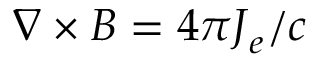
\nabla \times \boldsymbol { B } = 4 \pi \boldsymbol { J } _ { e } / c